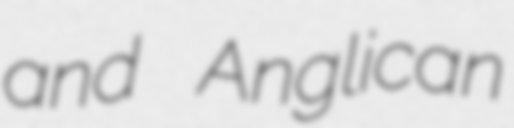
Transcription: and Anglican